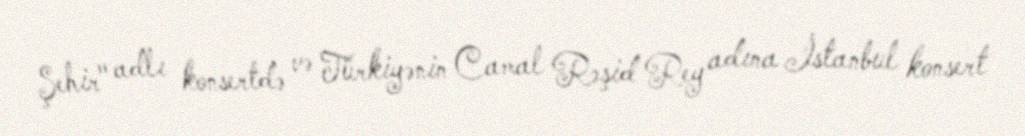
Şehir" adlı konsertdə və Türkiyənin Camal Rəşid Rey adına İstanbul konsert